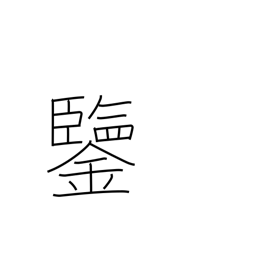
Meaning: example